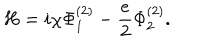
LaTeX: H = i \chi \Phi _ { 1 } ^ { ( 2 ) } - \frac { e } { 2 } \Phi _ { 2 } ^ { ( 2 ) } .